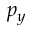
p _ { y }